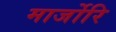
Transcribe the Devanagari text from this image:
मार्जोरि